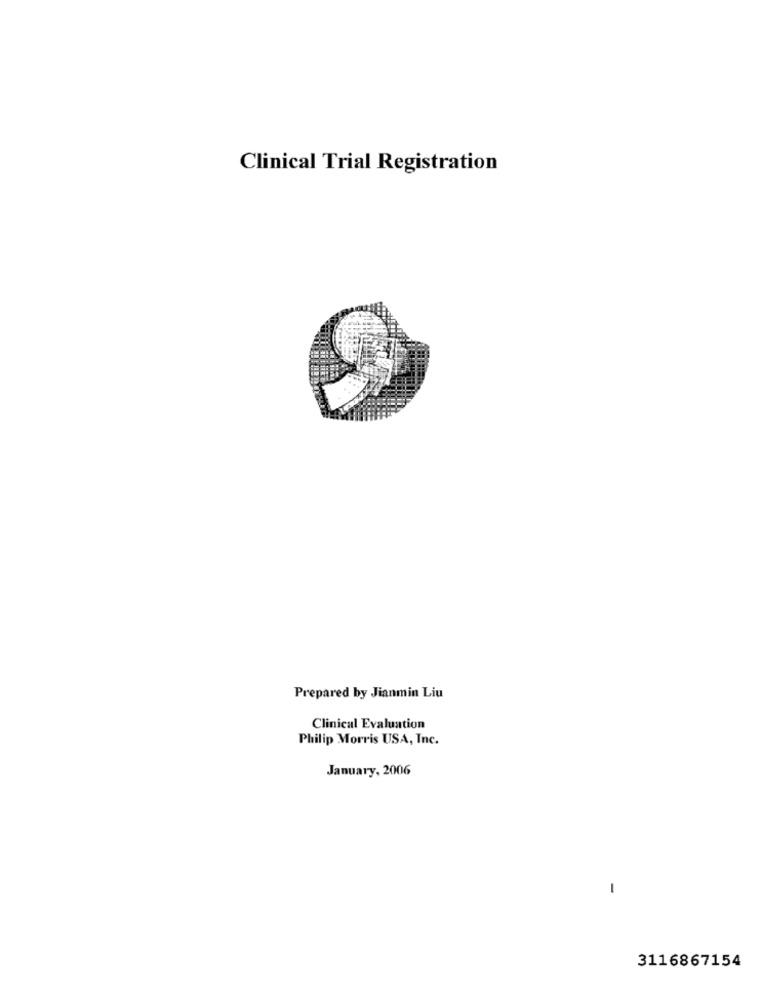
Clinical Trial Registration
Prepared by Jianmin Liu
Clinical Evaluation
Philip Morris USA, Inc.
January, 2006
-
3116867154